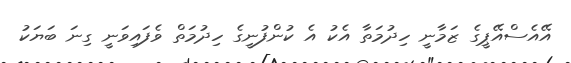
އޭއެސްއޭޕީގެ ޒަމާނީ ހިދުމަތާ އެކު އެ ކުންފުނީގެ ހިދުމަތް ވެފައިވަނީ ގިނަ ބަޔަކު